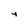
Character: y